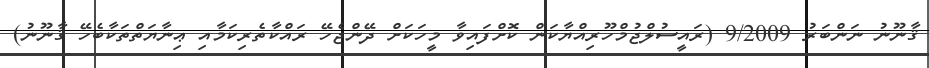
ޤާނޫނު ނަންބަރު 9/2009 (ރައީސުލްޖުމްހޫރިއްޔާކަން ކޮށްފައިވާ މީހަކަށް ދޭންޖެހޭ ރައްކާތެރިކަމާއި ޢިނާޔަތްތަކާބެހޭ ޤާނޫނު)